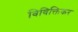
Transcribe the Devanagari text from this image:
विविक्तिकर